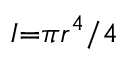
I { = } { \pi r ^ { 4 } } / { 4 }